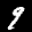
Label: 9